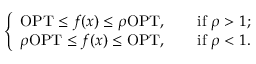
\left\{ \begin{array} { l l } { \mathrm { O P T } \leq f ( x ) \leq \rho \mathrm { O P T } , \qquad { \mathrm { i f ~ } } \rho > 1 ; } \\ { \rho \mathrm { O P T } \leq f ( x ) \leq \mathrm { O P T } , \qquad { \mathrm { i f ~ } } \rho < 1 . } \end{array} \right.